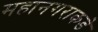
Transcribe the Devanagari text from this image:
महानगराकडे